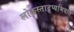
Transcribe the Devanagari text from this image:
लोकस्ताद्रूप्यभियात